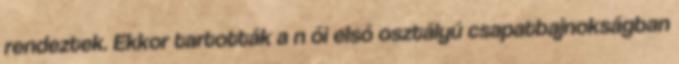
rendeztek. Ekkor tartották a n ői első osztályú csapatbajnokságban